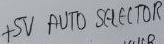
Text: +5V AUTO SELECTOR